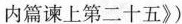
内篇谏上第二十五》)